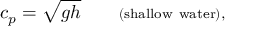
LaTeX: c _ { p } = { \sqrt { g h } } \qquad \scriptstyle { \mathrm { ( s h a l l o w ~ w a t e r ) , } }